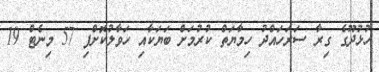
ހުޅުދޫގެ ގިރާ ސަރަހައްދު ހިމާޔަތް ކުރުމަށް ބަޔަކާއި ހަވާލުކޮށްފި 57 މިނެޓް 19